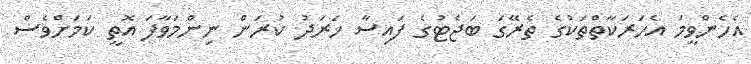
އެހެންވީމަ އެހަރަކާތްތަކުގެ ތެރޭގަ ބަޖެޓުގެ ފައިސާ ޚަރަދު ކުރަން ނިންމަވާފަ އޮތީ ކަމަށްވެސް